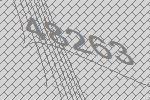
48263